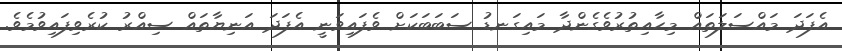
އެފަދަ މައްސަލަތައް މިހާއިތުރުވެގެންދާ މައިގަނޑު ސަބަބަކަށް ވެފައިވަނީ އެފަދަ އަނިޔާތައް ސިއްރު ކުރެވިފައިވުމެވެ.